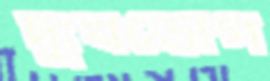
দুঃখভোগ